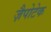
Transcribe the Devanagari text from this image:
ज़ैपोटेक